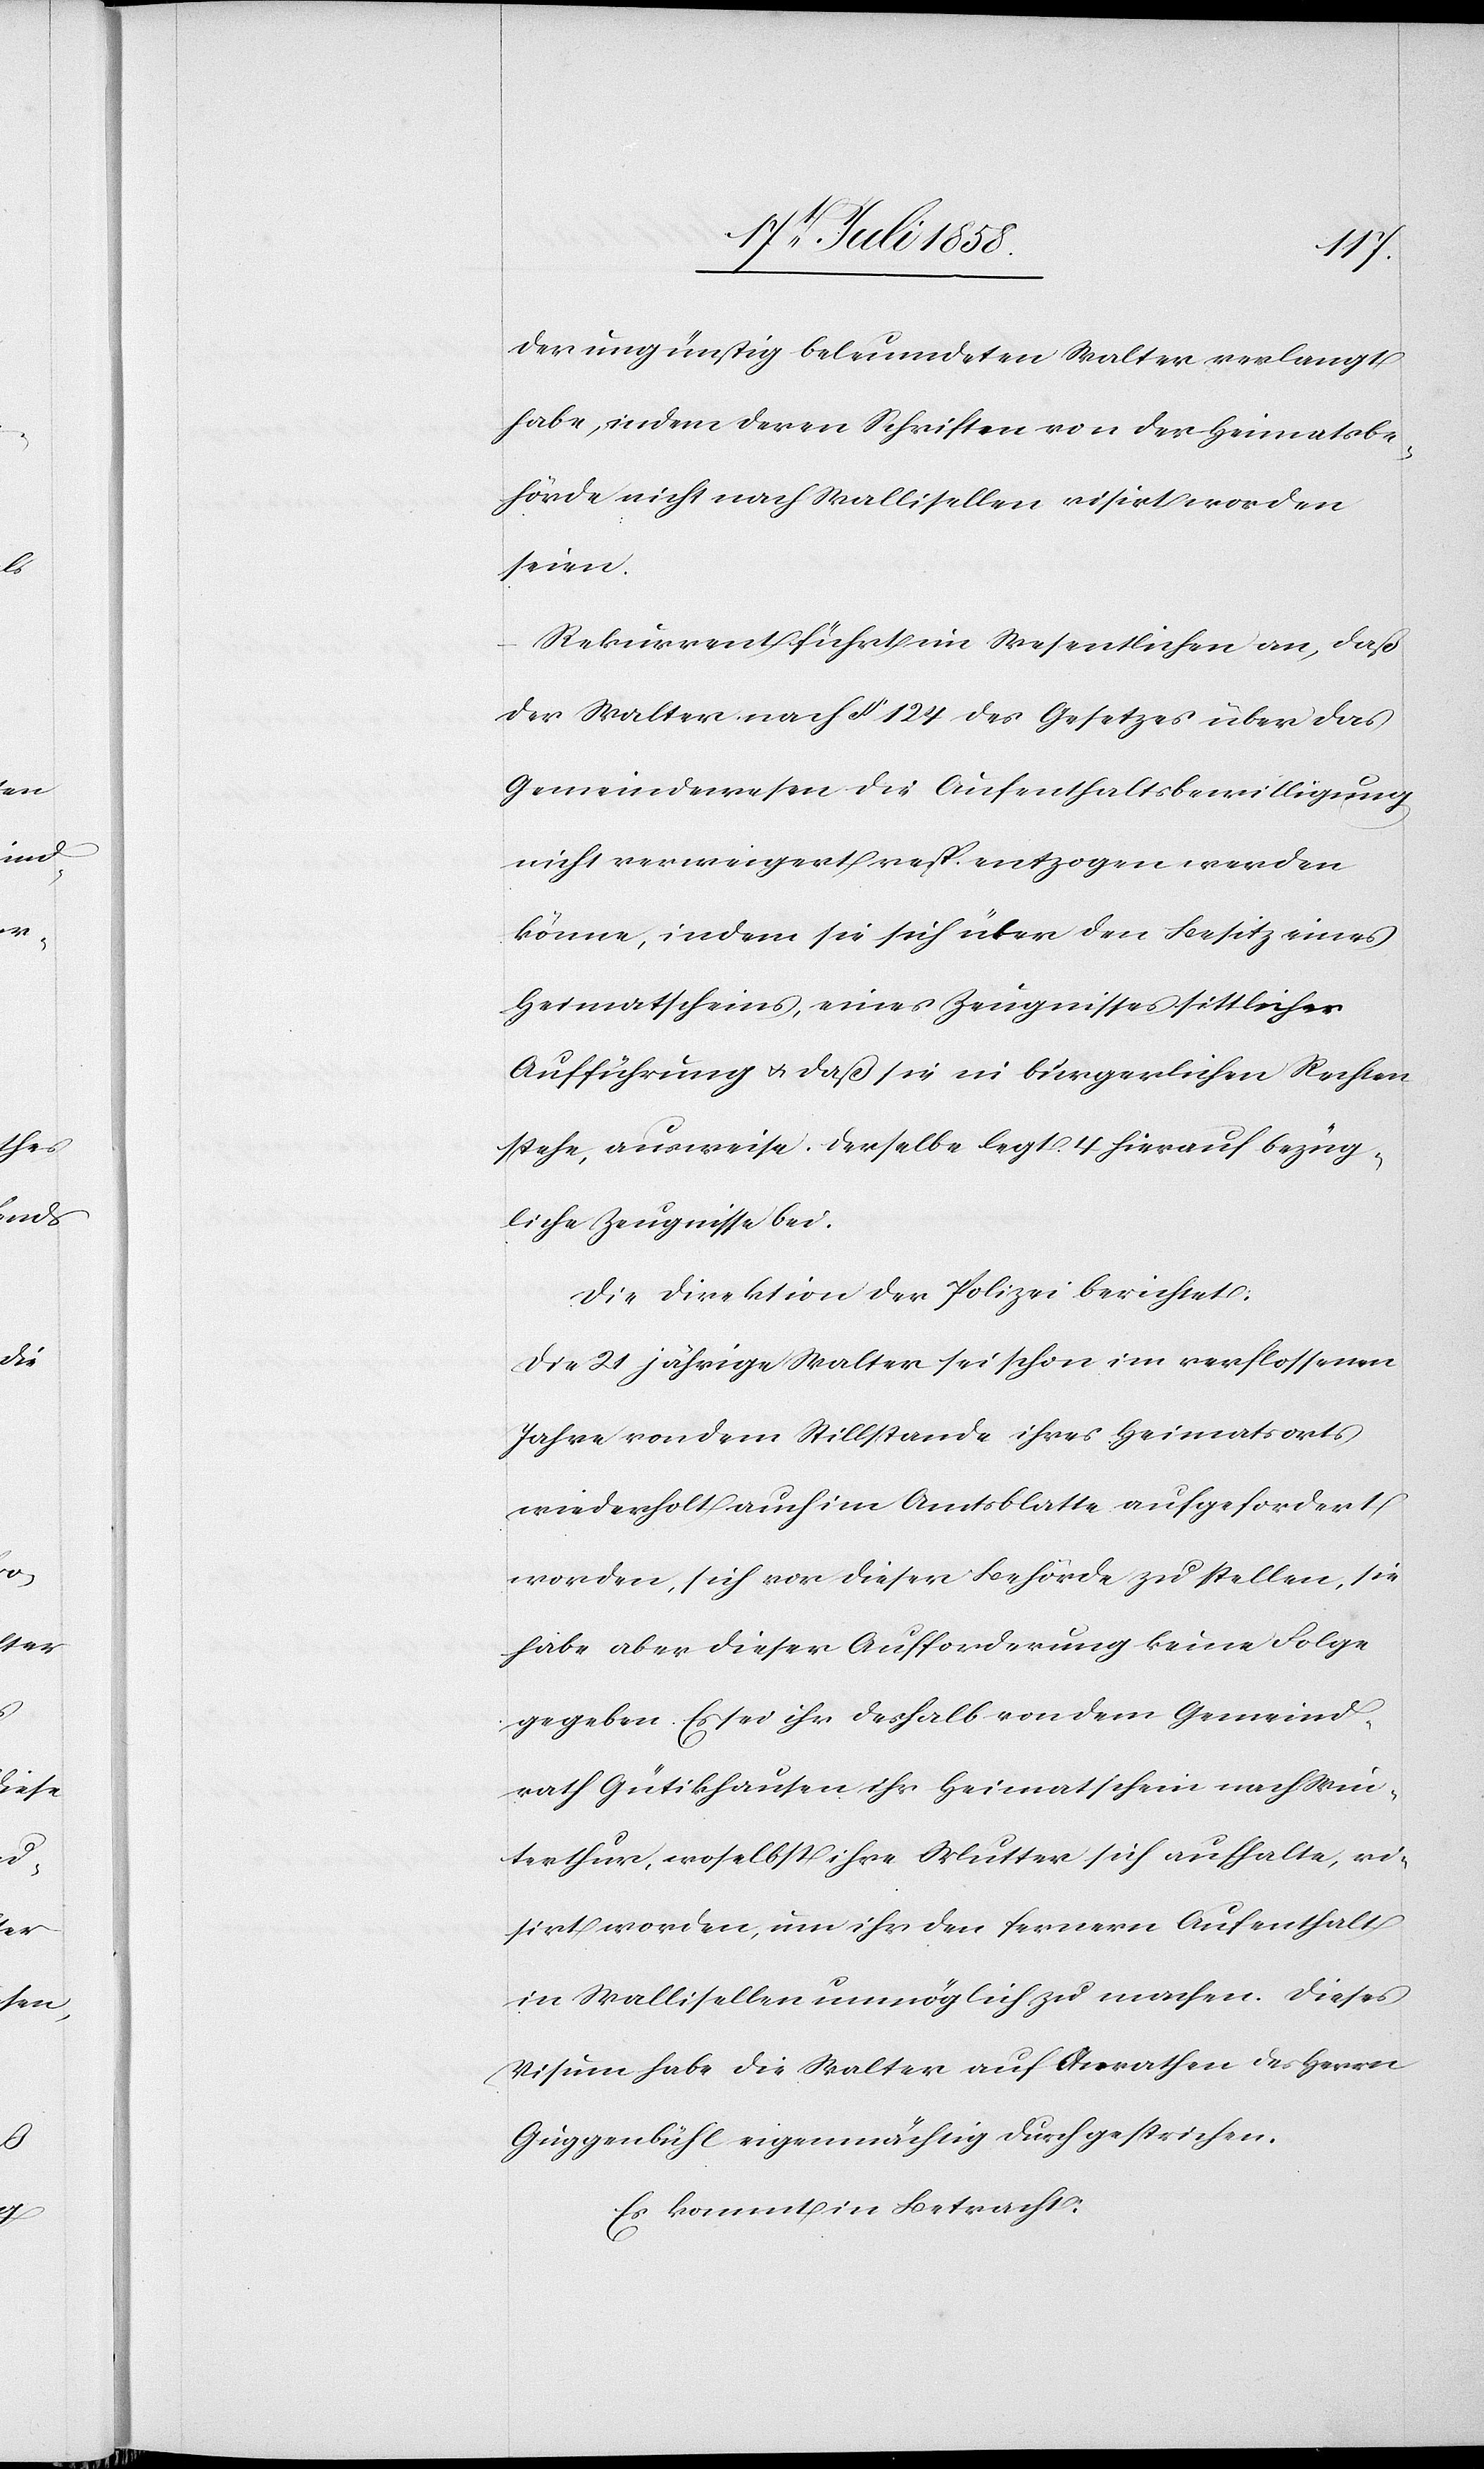
der ungünstig beleumdeten Walter verlangt
habe, indem deren Schriften von der Heimatsbe¬
hörde nicht nach Wallisellen visirt worden
seien.
Rekurrent führt im Wesentlichen an, daß
der Walter nach § 124 des Gesetzes über das
Gemeindewesen die Aufenthaltsbewilligung
nicht verweigert resp. entzogen werden
könne, indem sie sich über den Besitz eines
Heimatscheins, eines Zeugnisses sittlicher
Aufführung & daß sie in bürgerlichen Rechten
stehe, ausweise. Derselbe legt 4 hierauf bezüg¬
liche Zeugnisse bei.
Die Direktion der Polizei berichtet:
Die 21 jährige Walter sei schon im verflossenen
Jahre von dem Stillstande ihres Heimatsorts
wiederholt auch im Amtsblatte aufgefordert
worden, sich vor dieser Behörde zu stellen, sie
habe aber dieser Aufforderung keine Folge
gegeben. Es sei ihr deshalb von dem Gemeind¬
rath Gütikhausen ihr Heimatschein nach Win¬
terthur, woselbst ihre Mutter sich aufhalte, vi¬
sirt worden, um ihr den fernern Aufenthalt
in Wallisellen unmöglich zu machen. Dieses
Visum habe die Walter auf Anrathen des Herrn
Guggenbühl eigenmächtig durchgestrichen.
Es kommt in Betracht: